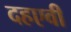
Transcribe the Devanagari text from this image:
दहएवी